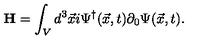
{ \bf H } = \int _ { V } d ^ { 3 } { \vec { x } } i \Psi ^ { \dag } ( \vec { x } , t ) \partial _ { 0 } \Psi ( \vec { x } , t ) .